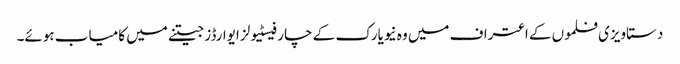
دستاویزی فلموں کے اعتراف میں وہ نیویارک کے چار فیسٹیولز ایوارڈز جیتنے میں کامیاب ہوئے۔